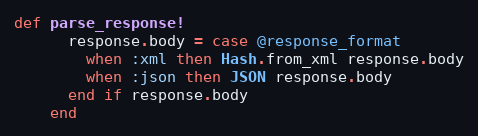
Language: Ruby
def parse_response!
      response.body = case @response_format
        when :xml then Hash.from_xml response.body
        when :json then JSON response.body
      end if response.body
    end